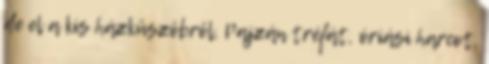
de el a kis házküszöbről, Pajzán tréfát, óriási harcot,